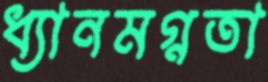
ধ্যানমগ্নতা